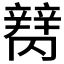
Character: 𰺪